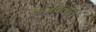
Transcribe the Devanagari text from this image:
रुजवतात